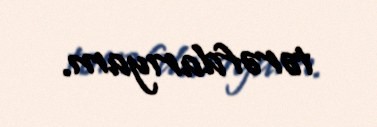
tərəfdarıyam.